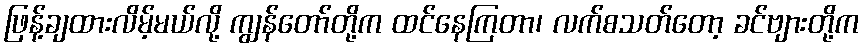
ဖြန့်ချထားလိမ့်မယ်လို့ ကျွန်တော်တို့က ထင်နေကြတာ၊ လက်စသတ်တော့ ခင်ဗျားတို့က